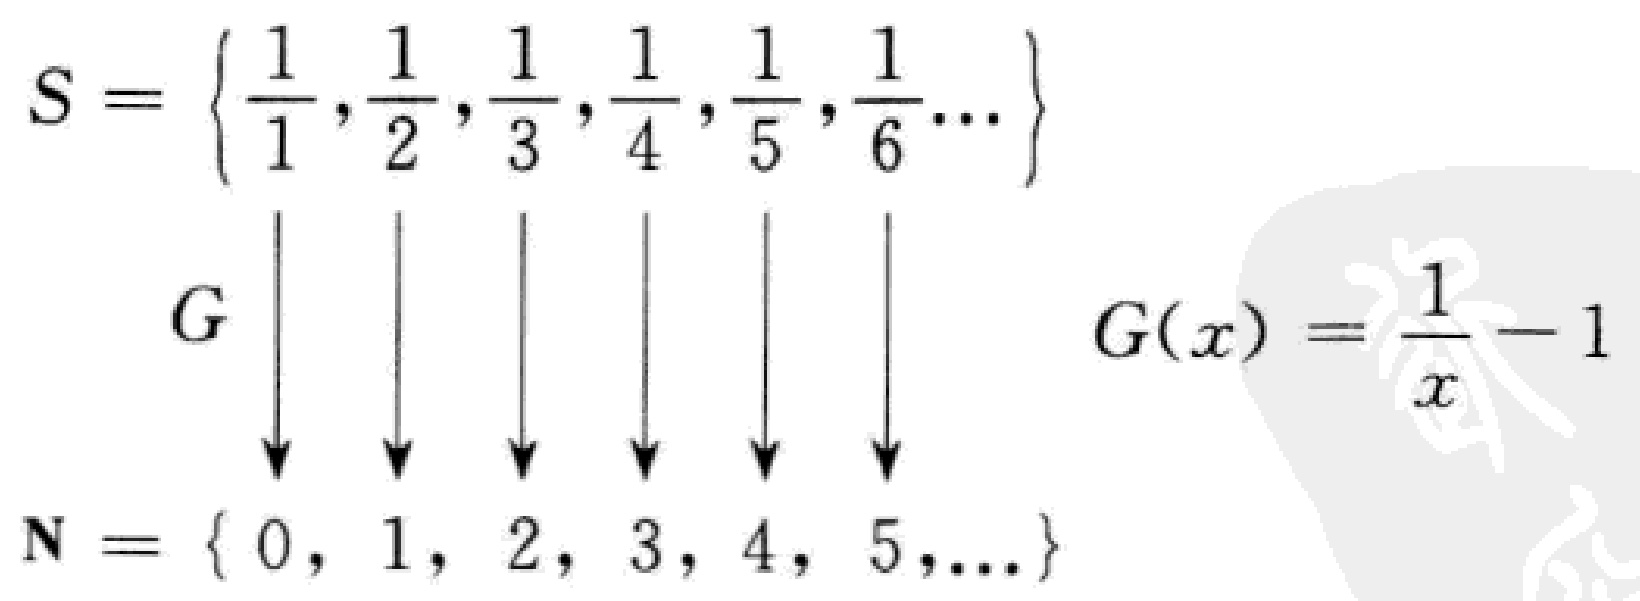
\[
\begin{align*}
S&=\left\{\frac{1}{1},\frac{1}{2},\frac{1}{3},\frac{1}{4},\frac{1}{5},\frac{1}{6}\cdots\right\}\\
&\quad\quad\quad\downarrow\quad\downarrow\quad\downarrow\quad\downarrow\quad\downarrow\quad\downarrow\\
&\quad\quad G\\
\mathbb{N}&=\{0,1,2,3,4,5,\ldots\}\\
G(x)&=\frac{1}{x}-1
\end{align*}
\]